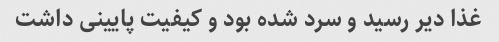
غذا دیر رسید و سرد شده بود و کیفیت پایینی داشت